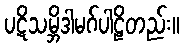
ပဋိသမ္ဘိဒါမဂ်ပါဠိတည်း။